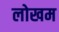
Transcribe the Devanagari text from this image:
लोखम